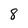
Character: 8